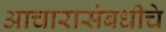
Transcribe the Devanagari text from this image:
आचारासंबधीचे